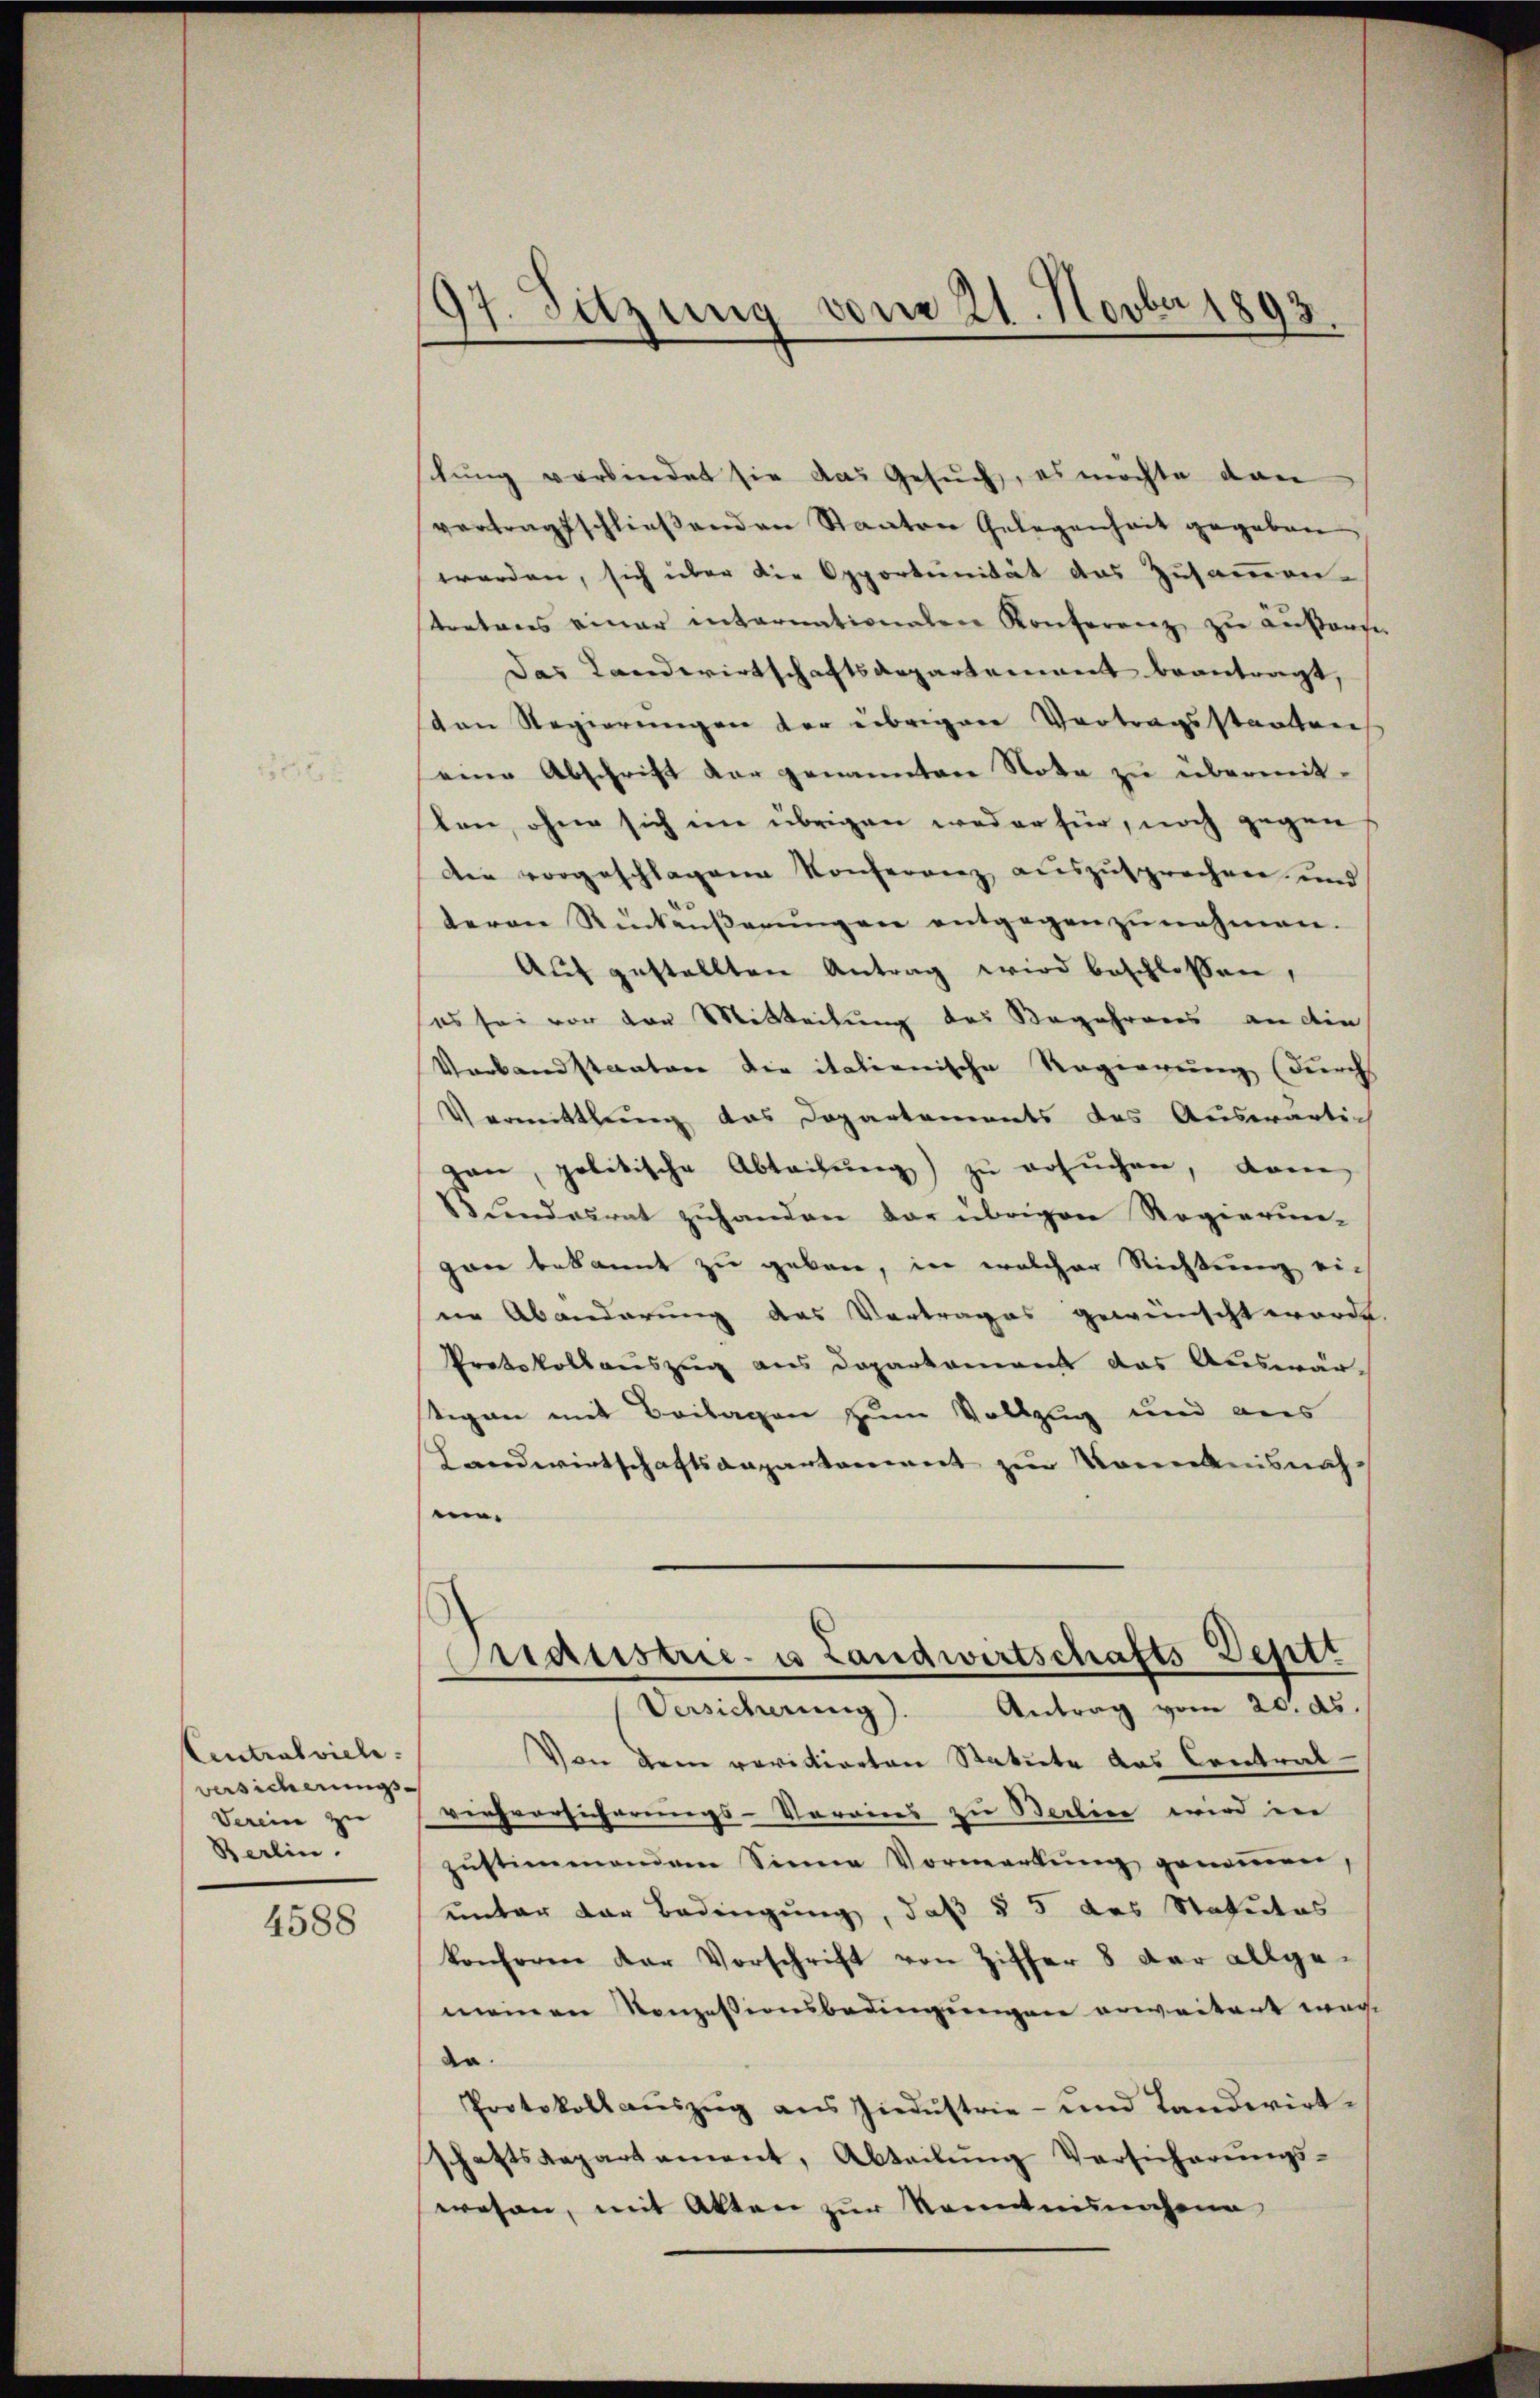
Centralviele.
versicherungs
Verein zu
Berlin

4588

97. Sitzung vom 21. Novber 1893.

schung verbindet sie das Gesŭch, es möchte dann
vertragsschlieβenden Staaten Gelegenheit gegeben
worden, sich über die Opportunität das Zusammen-
stretens einer internationen Konferenz zu äußers
das Landwirtschaftsaepartement beantragt,
den Regierungen der übrigen Vortragsstaaten
eine Abschrift der genannten Nota zu übermitlen, ohne sich im übrigen weder für, noch gegen
Die vorgeschlagene Konferenz auszusprechen und
teren Rückäŭβerŭngen entgegenzŭnahmen.
Auf gestellten Antrag wird beschlossen,
es sei vor den Mitteilung des Begehrens an die
Verbandstantone die italienische Regierung (durch
Vermittlung das Departements das Auswärlich
gan, politische Abteilung) zu ersuchen, dann
83 Findesrat zuhanden der übrigen Regierun-
gane bekannt zu geben, in welcher Richtung ein
ne Abänderung des Vortrages gewünscht worde.
Protokollauszug aus Daparkament das Auswär-
tigen mit Beilagen zum Vollzug und aus
Landwirtschaftsangartoniert zur Komenisnah
.

Praustrie- u Landwirtschafts-Deptt
Versicherung). Antrag vom 20. ds.

Von dem revidierten Statute das Contral-
viehversicherungs-Vorains zu Berlin wird in
zŭstimmendem Sinne Vormerkŭng genoṁen,
unter der Bedingung, daß § 5 des Statutos
konforen der Vorschrift von Ziffer 8 der allge-
meinen Konzessionsbedingungen erweitert waren
de.
Protokoll aŭszŭg ans Ziedŭstrie- und Landwirt-
schaftsrepartement, Abteilung Versicherungs-
wesen, mit Akten zur Kenntnungene